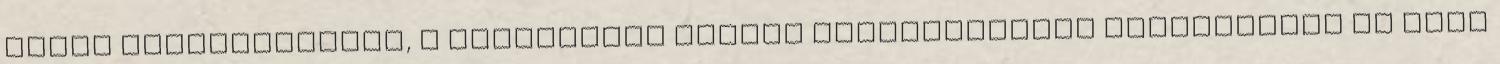
által meghatározott, a tároláshoz elõírt karbantartási mûveleteket el kell